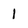
Character: 1